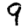
Digit: 9